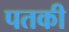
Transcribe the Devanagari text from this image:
पतकी